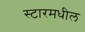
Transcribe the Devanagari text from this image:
स्टारमधील